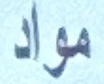
مواد